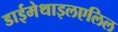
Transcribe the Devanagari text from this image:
डाईमेथाइलएलिल